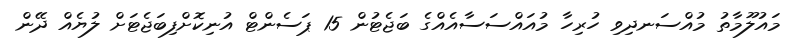
މައުލޫމާތު މުއްސަނދިވި ހުރިހާ މުއައްސަސާއެއްގެ ބަޖެޓުން 15 ޕަސެންޓް އުނިކޮށްފިބަޖެޓަށް ލުޔެއް ދޭން